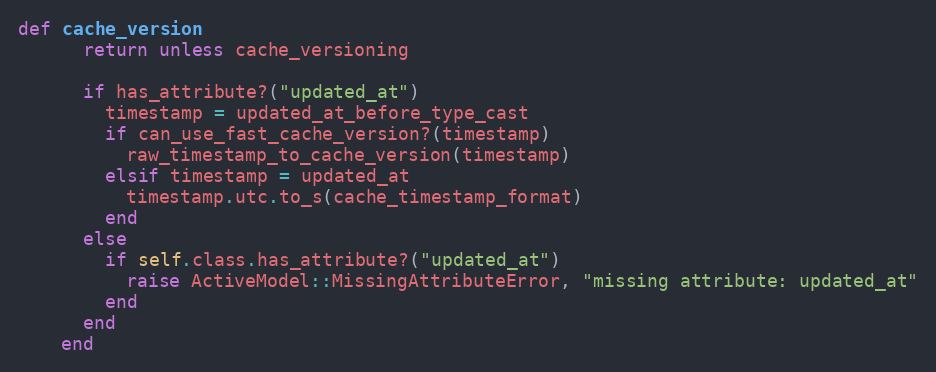
Language: Ruby
def cache_version
      return unless cache_versioning

      if has_attribute?("updated_at")
        timestamp = updated_at_before_type_cast
        if can_use_fast_cache_version?(timestamp)
          raw_timestamp_to_cache_version(timestamp)
        elsif timestamp = updated_at
          timestamp.utc.to_s(cache_timestamp_format)
        end
      else
        if self.class.has_attribute?("updated_at")
          raise ActiveModel::MissingAttributeError, "missing attribute: updated_at"
        end
      end
    end